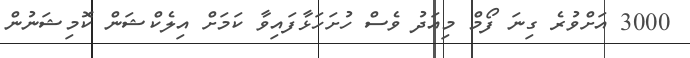
3000 އަށްވުރެ ގިނަ ފޯމް މިއަދު ވެސް ހުށަހަޅާފައިވާ ކަމަށް އިލެކްޝަން ކޮމިޝަނުން